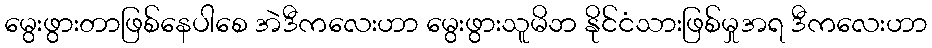
မွေးဖွားတာဖြစ်နေပါစေ အဲဒီကလေးဟာ မွေးဖွားသူမိဘ နိုင်ငံသားဖြစ်မှုအရ ဒီကလေးဟာ